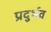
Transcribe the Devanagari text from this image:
प्रदुर्भव